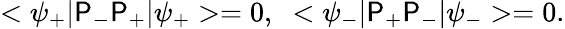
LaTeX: <\psi_{+}|\mathsf{P}_{-}\mathsf{P}_{+}|\psi_{+}>=0,\; \; <\psi_{-}|\mathsf{P}_{+}\mathsf{P}_{-}|\psi_{-}>=0.